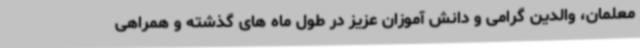
معلمان، والدین گرامی و دانش آموزان عزیز در طول ماه های گذشته و همراهی